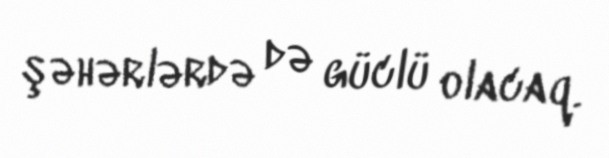
şəhərlərdə də güclü olacaq.